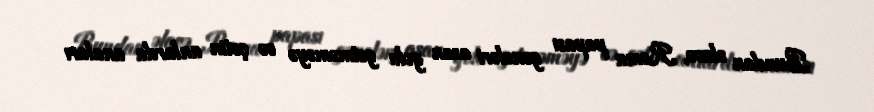
Bundan əlavə, Roma papası gəncləri asan yola getməməyə və çətin anlarda anaları